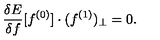
\frac { \delta E } { \delta f } [ f ^ { ( 0 ) } ] \cdot ( f ^ { ( 1 ) } ) _ { \perp } = 0 .